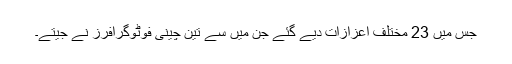
جس میں 23 مختلف اعزازات دیے گئے جن میں سے تین چینی فوٹوگرافرز نے جیتے۔